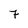
Character: 7